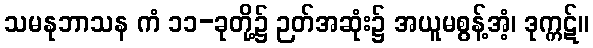
သမနုဘာသန ကံ ၁၁-ခုတို့၌ ဉတ်အဆုံး၌ အယူမစွန့်အံ့၊ ဒုက္ကဋ်။